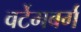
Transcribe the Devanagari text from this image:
वर्टेमबर्ग